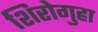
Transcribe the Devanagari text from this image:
शिरोगुहा